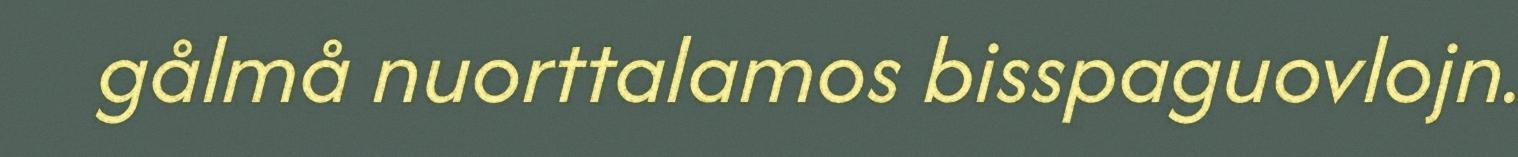
gålmå nuorttalamos bisspaguovlojn.